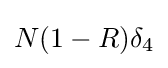
N(1-R)\delta _{4}